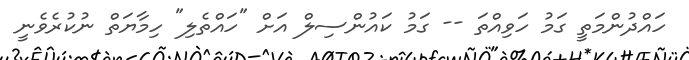
ހައްދުންމަތީ ގަމު ހަވިއްތަ -- ގަމު ކައުންސިލް އަށް "ހައްތެލި" ހިމާޔަތް ނުކުރެވެނީ